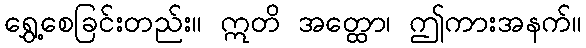
ရွှေ့စေခြင်းတည်း။ ဣတိ အတ္ထော၊ ဤကားအနက်။